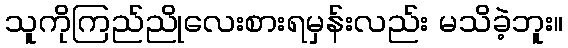
သူကိုကြည်ညိုလေးစားရမှန်းလည်း မသိခဲ့ဘူး။